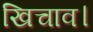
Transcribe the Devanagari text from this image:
खिचाव।